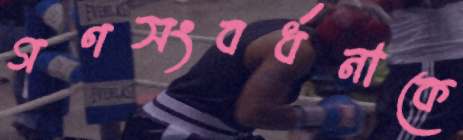
গণসংবর্ধনাকে